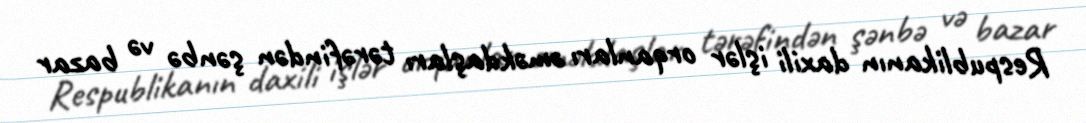
Respublikanın daxili işlər orqanları əməkdaşları tərəfindən şənbə və bazar